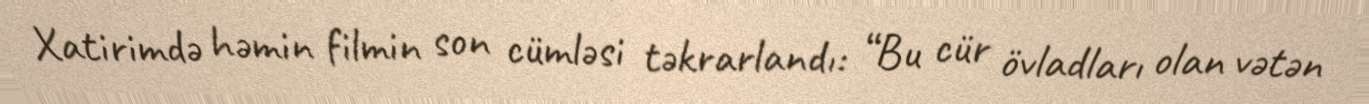
Xatirimdə həmin filmin son cümləsi təkrarlandı: “Bu cür övladları olan vətən